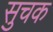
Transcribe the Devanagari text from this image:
सुचक